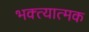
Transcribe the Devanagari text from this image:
भक्त्यात्मक